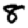
Digit: 8